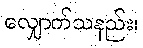
လျှောက်သနည်း၊